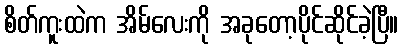
စိတ်ကူးထဲက အိမ်လေးကို အခုတော့ပိုင်ဆိုင်ခဲ့ပြီ။